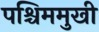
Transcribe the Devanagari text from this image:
पश्चिममुखी